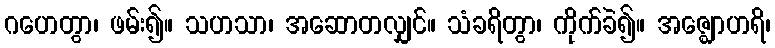
ဂဟေတွာ၊ ဖမ်း၍။ သဟသာ၊ အဆောတလျှင်။ သံခရိတွာ၊ ကိုက်ခဲ၍။ အဇ္ဈောဟရိ၊